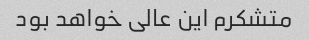
متشکرم این عالی خواهد بود